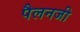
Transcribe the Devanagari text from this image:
पैलनजी